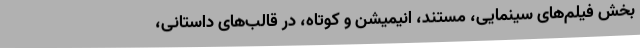
بخش فيلم‌های سينمايی، مستند، انيميشن و کوتاه، در قالب‌های داستانی،